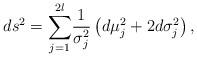
LaTeX: \begin{align*}ds^{2}={\displaystyle\sum\limits_{j=1}^{2l}}\frac{1}{\sigma_{j}^{2}}\left( d\mu_{j}^{2}+2d\sigma_{j}^{2}\right) ,\end{align*}